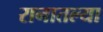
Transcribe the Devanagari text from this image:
रानातल्या